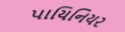
પાયિનિયર